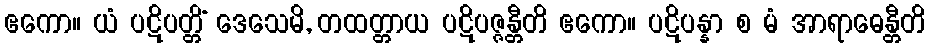
ဧကော။ ယံ ပဋိပတ္တိံ ဒေသေမိ, တထတ္တာယ ပဋိပဇ္ဇန္တီတိ ဧကော။ ပဋိပန္နာ စ မံ အာရာဓေန္တီတိ